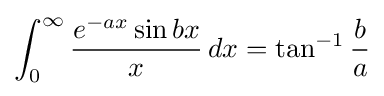
\int _{0}^{\infty }{\frac {{}e^{-ax}\sin bx}{x}}\,dx=\tan ^{-1}{\frac {b}{a}}